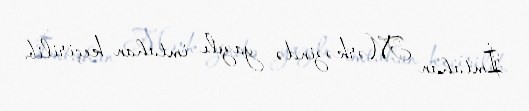
İmtahan Mərkəzində yazılı imtahan keçirilib.